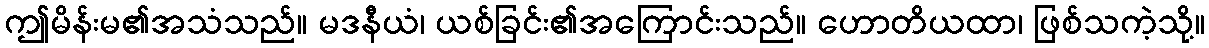
ဤမိန်းမ၏အသံသည်။ မဒနီယံ၊ ယစ်ခြင်း၏အကြောင်းသည်။ ဟောတိယထာ၊ ဖြစ်သကဲ့သို့။